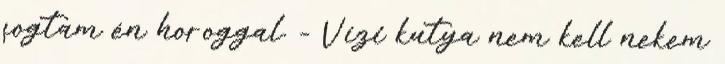
fogtam én horoggal. - Vízi kutya nem kell nekem